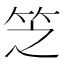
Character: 𬔱